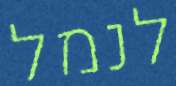
לנמל